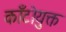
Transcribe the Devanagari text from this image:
काँटोयुक्त